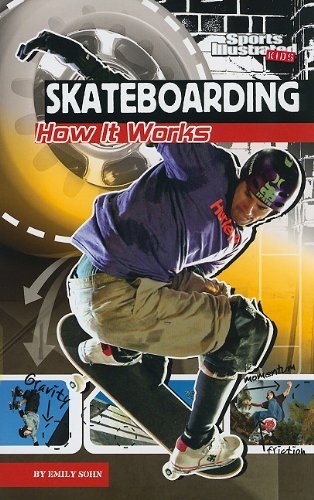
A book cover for Skateboarding: How It Works (The Science of Sports (Sports Illustrated for Kids)); Emily Sohn; Children's Books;